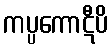
ကပ္ပကောဋီပိ